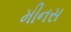
મીનસ